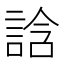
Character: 誝